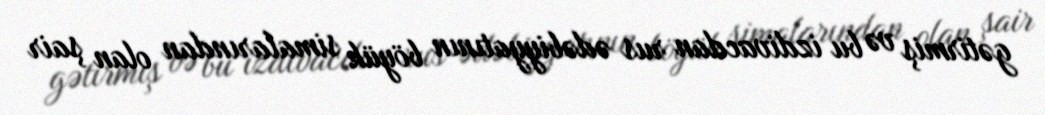
gətirmiş və bu izdivacdan rus ədəbiyyatının böyük simalarından olan şair